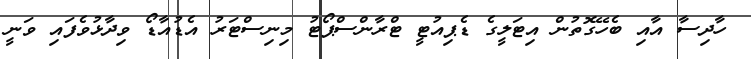
ހާދިސާ އާއި ބެހޭގޮތުން އިޓަލީގެ ޑެޕިއުޓީ ޓްރާންސްޕޯޓު މިނިސްޓަރު އެޑުއާޑޯ ވިދާޅުވެފައި ވަނީ